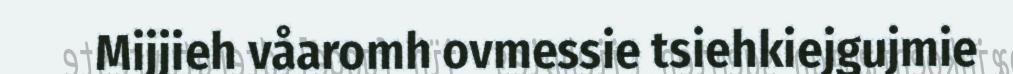
Mijjieh våaromh ovmessie tsiehkiejgujmie